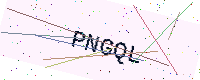
Text: PNGQL